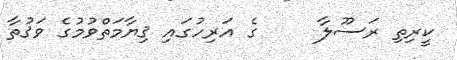
ކީރިތި ރަސޫލާ     ގެ އަރިހުގައި ޤިޔާމަތްވުމުގެ ވަޤުތާ